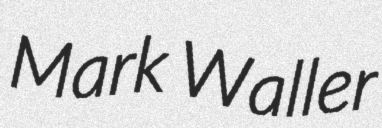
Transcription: Mark Waller